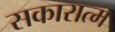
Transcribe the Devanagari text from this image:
सकारात्म